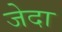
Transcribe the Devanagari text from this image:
जेदा